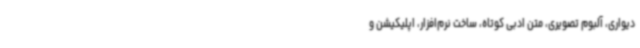
دیواری، آلبوم تصویری، متن ادبی کوتاه، ساخت نرم‌افزار، اپلیکیشن و